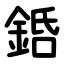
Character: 銽